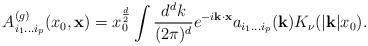
LaTeX: \begin{align*}A_{i_1 \ldots i_p}^{(g)}(x_0,{\bf x}) = x_0^{d\over 2} \int {d^dk\over (2\pi)^d} e^{-i{\bf k}\cdot {\bf x}} a_{i_1 \ldots i_p}({\bf k}) K_\nu(|{\bf k}| x_0). \end{align*}